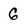
Character: G